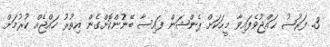
3. ފަރުޟު ޙައްޖުވެފައިވާ މީހަކަށް ޕެންޝަން ފައިސާ ބޭނުންކޮށްގެން އިތުރު ހައްޖެއް ކުރުމަށް